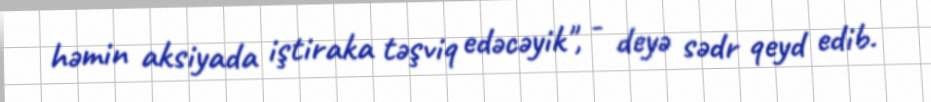
həmin aksiyada iştiraka təşviq edəcəyik", - deyə sədr qeyd edib.